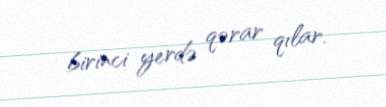
birinci yerdə qərar qılar.